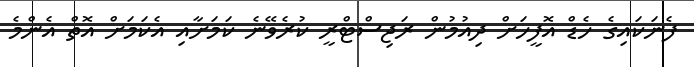
ފެނަކައިގެ ހެޑް އޮފީހަށް ދިއުމުން ރަޖިސްޓްރީ ކުރެވޭނެ ކަމަށާއި އެކަމަށް އޮތް އެންމެ